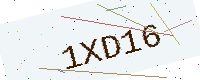
Text: 1XD16